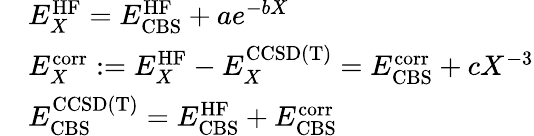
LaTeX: \begin{array}{rl}&{E_{X}^{\mathrm{HF}}=E_{\mathrm{CBS}}^{\mathrm{HF}}+ae^{-bX}}\\ &{E_{X}^{\mathrm{corr}}:=E_{X}^{\mathrm{HF}}-E_{X}^{\mathrm{CCSD(T)}}=E_{\mathrm{CBS}}^{\mathrm{corr}}+cX^{-3}}\\ &{E_{\mathrm{CBS}}^{\mathrm{CCSD(T)}}=E_{\mathrm{CBS}}^{\mathrm{HF}}+E_{\mathrm{CBS}}^{\mathrm{corr}}}\end{array}